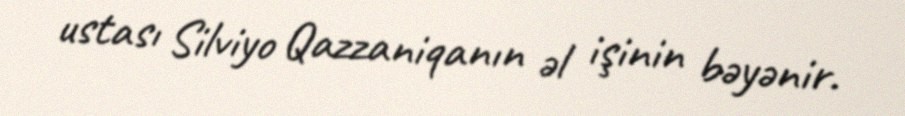
ustası Silviyo Qazzaniqanın əl işinin bəyənir.